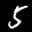
Label: 5